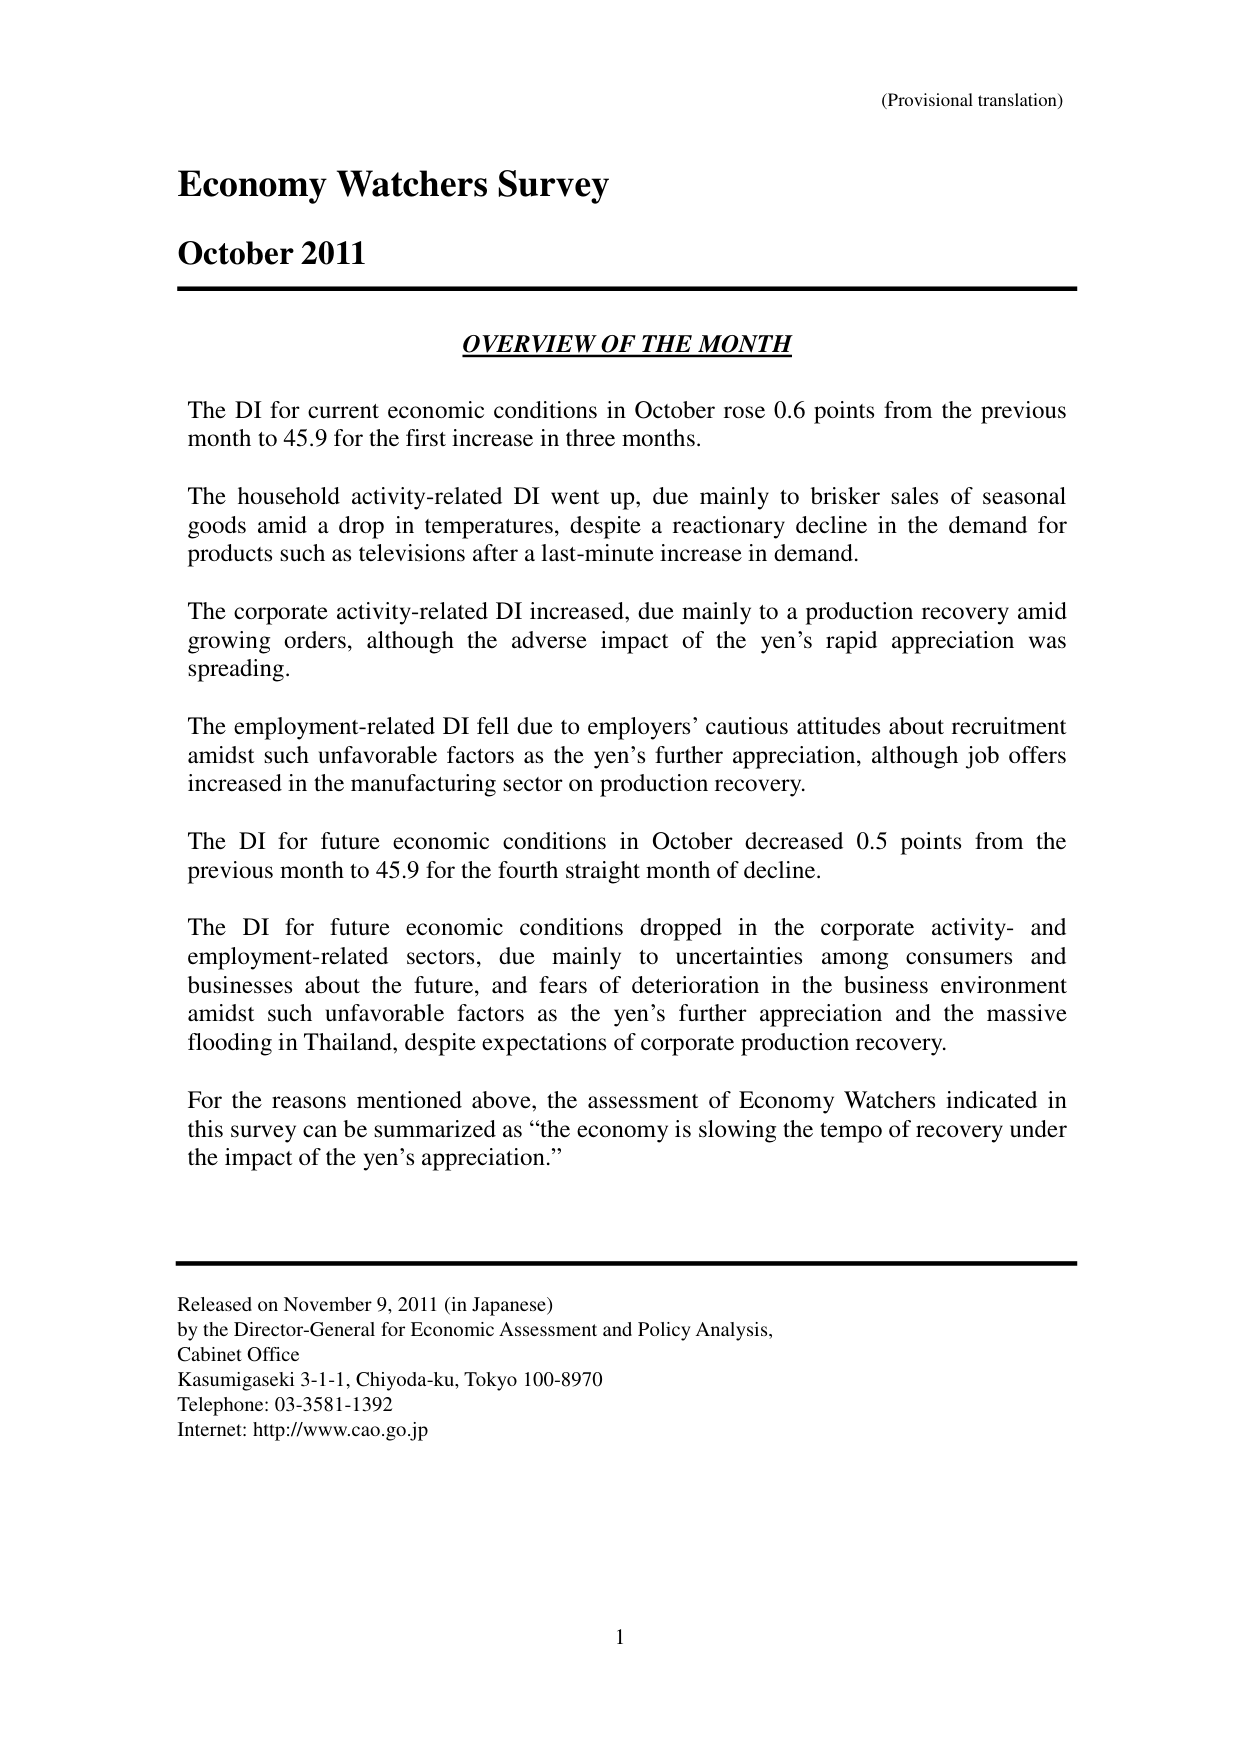
(Provisional translation)

Economy Watchers Survey
October 2011

OVERVIEW OF THE MONTH

The DI for current economic conditions in October rose 0.6 points from the previous month to 45.9 for the first increase in three months.

The household activity-related DI went up, due mainly to brisker sales of seasonal goods amid a drop in temperatures, despite a reactionary decline in the demand for products such as televisions after a last-minute increase in demand.

The corporate activity-related DI increased, due mainly to a production recovery amid growing orders, although the adverse impact of the yen’s rapid appreciation was spreading.

The employment-related DI fell due to employers’ cautious attitudes about recruitment amidst such unfavorable factors as the yen’s further appreciation, although job offers increased in the manufacturing sector on production recovery.

The DI for future economic conditions in October decreased 0.5 points from the previous month to 45.9 for the fourth straight month of decline.

The DI for future economic conditions dropped in the corporate activity- and employment-related sectors, due mainly to uncertainties among consumers and businesses about the future, and fears of deterioration in the business environment amidst such unfavorable factors as the yen’s further appreciation and the massive flooding in Thailand, despite expectations of corporate production recovery.

For the reasons mentioned above, the assessment of Economy Watchers indicated in this survey can be summarized as “the economy is slowing the tempo of recovery under the impact of the yen’s appreciation.”

Released on November 9, 2011 (in Japanese)
by the Director-General for Economic Assessment and Policy Analysis,
Cabinet Office
Kasumigaseki 3-1-1, Chiyoda-ku, Tokyo 100-8970
Telephone: 03-3581-1392
Internet: http://www.cao.go.jp

1